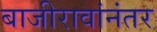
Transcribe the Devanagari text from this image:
बाजीरावांनंतर